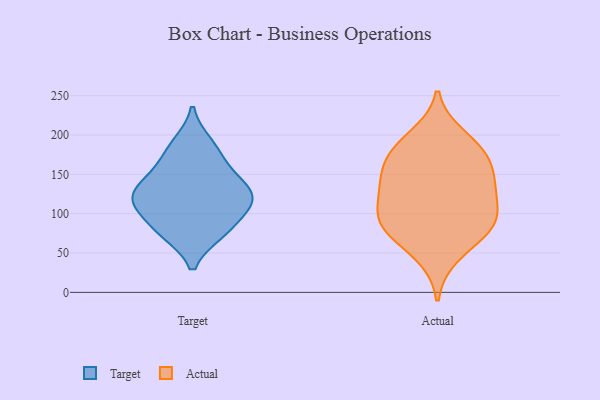
{"axis": {"x": "Budget (USD K)", "y": "Value"}, "legend": ["Actual", "Target"], "data": [{"x": "", "y": 170, "type": "Target"}, {"x": "", "y": 190, "type": "Target"}, {"x": "", "y": 113, "type": "Target"}, {"x": "", "y": 123, "type": "Target"}, {"x": "", "y": 147, "type": "Target"}, {"x": "", "y": 119, "type": "Target"}, {"x": "", "y": 135, "type": "Target"}, {"x": "", "y": 101, "type": "Target"}, {"x": "", "y": 76, "type": "Target"}, {"x": "", "y": 75, "type": "Target"}, {"x": "", "y": 133, "type": "Actual"}, {"x": "", "y": 183, "type": "Actual"}, {"x": "", "y": 81, "type": "Actual"}, {"x": "", "y": 89, "type": "Actual"}, {"x": "", "y": 99, "type": "Actual"}, {"x": "", "y": 198, "type": "Actual"}, {"x": "", "y": 79, "type": "Actual"}, {"x": "", "y": 90, "type": "Actual"}, {"x": "", "y": 151, "type": "Actual"}, {"x": "", "y": 130, "type": "Actual"}, {"x": "", "y": 169, "type": "Actual"}, {"x": "", "y": 131, "type": "Actual"}, {"x": "", "y": 175, "type": "Actual"}, {"x": "", "y": 47, "type": "Actual"}]}